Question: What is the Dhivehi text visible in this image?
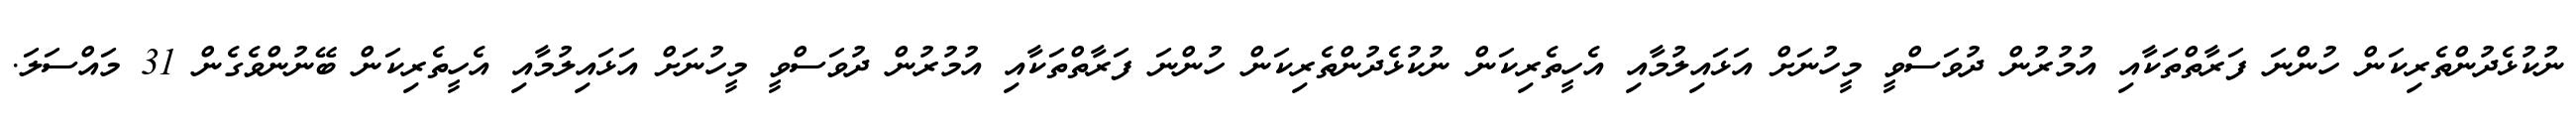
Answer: ނުކުޅެދުންތެރިކަން ހުންނަ ފަރާތްތަކާއި އުމުރުން ދުވަސްވީ މީހުނަށް އަޅައިލުމާއި އެހީތެރިކަން ނުކުޅެދުންތެރިކަން ހުންނަ ފަރާތްތަކާއި އުމުރުން ދުވަސްވީ މީހުނަށް އަޅައިލުމާއި އެހީތެރިކަން ބޭނުންވެގެން 31 މައްސަލަ.